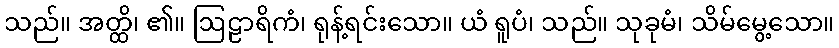
သည်။ အတ္ထိ၊ ၏။ ဩဠာရိကံ၊ ရုန့်ရင်းသော။ ယံ ရူပံ၊ သည်။ သုခုမံ၊ သိမ်မွေ့သော။